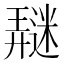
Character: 𰻖